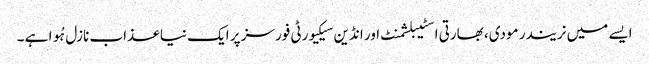
ایسے میں نریندر مودی، بھارتی اسٹیبلشمنٹ اور انڈین سیکیورٹی فورسز پر ایک نیا عذاب نازل ہُوا ہے ۔